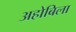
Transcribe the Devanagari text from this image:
अहोबिला